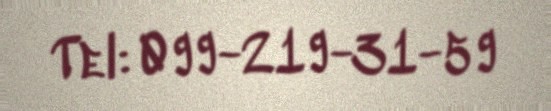
Tel: 099-219-31-59